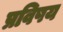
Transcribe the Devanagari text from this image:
प्रविषय